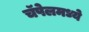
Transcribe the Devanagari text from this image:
चॅपेलमध्ये